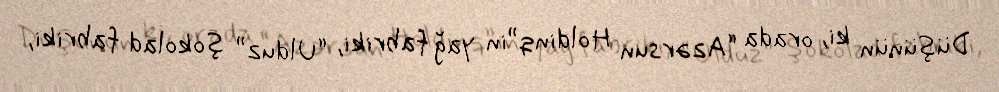
Düşünün ki, orada “Azərsun Holdinq”in yağ fabriki, “Ulduz” şokolad fabriki,